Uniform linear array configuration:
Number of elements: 8
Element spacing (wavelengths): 1
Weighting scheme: binomial
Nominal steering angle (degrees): -45
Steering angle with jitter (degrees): -46.057
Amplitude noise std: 0.05
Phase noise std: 0.05

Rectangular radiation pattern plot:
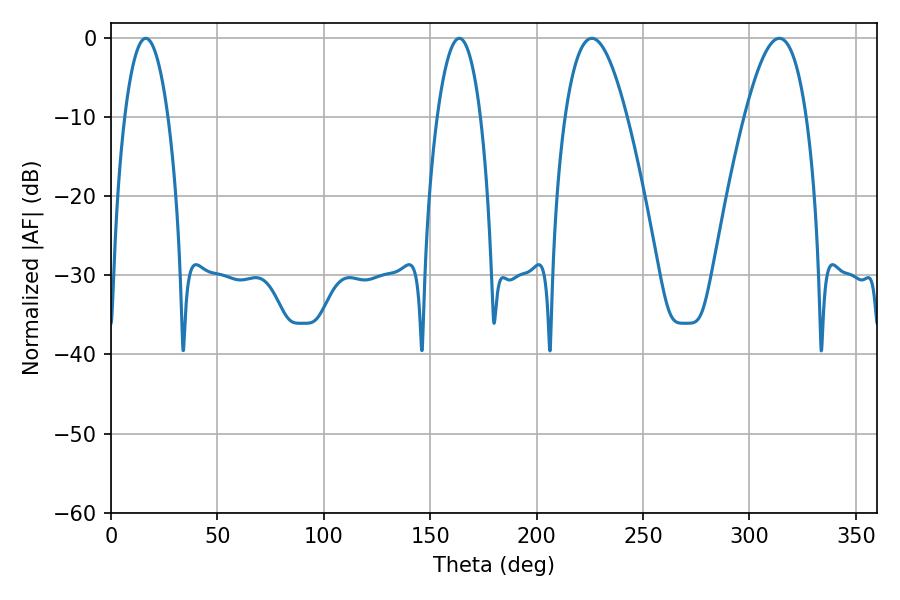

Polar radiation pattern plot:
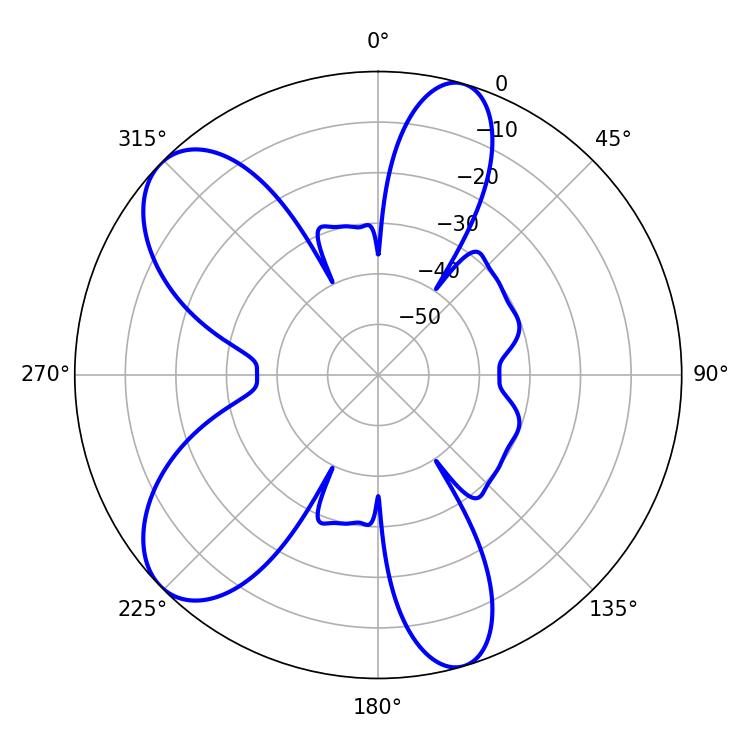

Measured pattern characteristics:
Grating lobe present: TRUE
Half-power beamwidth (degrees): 15.84
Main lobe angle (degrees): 225.9